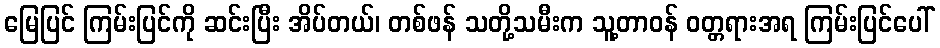
မြေပြင် ကြမ်းပြင်ကို ဆင်းပြီး အိပ်တယ်၊ တစ်ဖန် သတို့သမီးက သူ့တာဝန် ဝတ္တရားအရ ကြမ်းပြင်ပေါ်